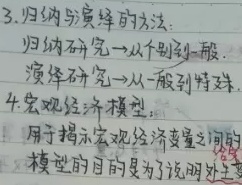
3. 归纳和演绎的方法：
   - 归纳研究→从个别到一般.
   - 演绎研究→从一般到特殊.
4. 宏观经济模型：
   - 用于揭示宏观经济变量之间的
   - 模型的目的是为了说明外生变